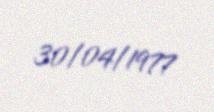
30/04/1977